Report of the Bombay Veterinary College
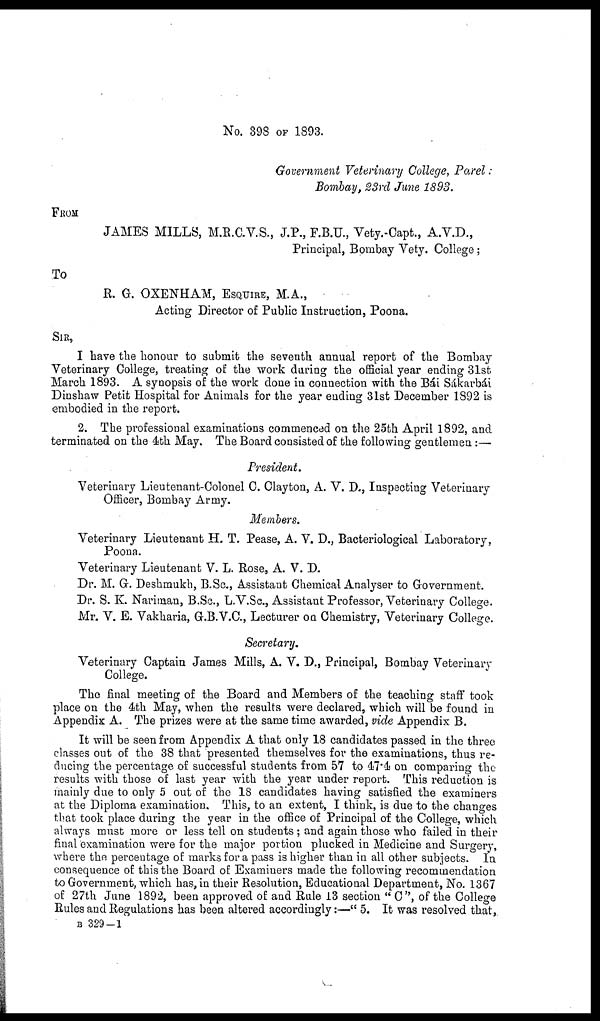
No. 398 OF 1893.
Government Veterinary College, Parel:
Bombay, 23rd June 1893.
FROM
JAMES MILLS, M.R.C.V.S., J.P., F.B.U., Vety.-Capt., A.V.D.,
Principal, Bombay Vety. College;
To
R. G. OXENHAM, ESQUIRE, M.A.,
Acting Director of Public Instruction, Poona.
SIR,
I have the honour to submit the seventh annual report of the Bombay
Veterinary College, treating of the work during the official year ending 31st
March 1893. A synopsis of the work done in connection with the Bái Sákarbái
Dinshaw Petit Hospital for Animals for the year ending 31st December 1892 is
embodied in the report.
2. The professional examinations commenced on the 25th April 1892, and
terminated on the 4th May. The Board consisted of the following gentlemen:—
President.
Veterinary Lieutenant-Colonel C. Clayton, A. V. D., Inspecting Veterinary
Officer, Bombay Army.
Members.
Veterinary Lieutenant H. T. Pease, A. V. D., Bacteriological Laboratory,
Poona.
Veterinary Lieutenant V. L. Rose, A. V. D.
Dr. M. G. Deshmukh, B.Sc., Assistant Chemical Analyser to Government.
Dr. S. K. Nariman, B.Sc., L.V.Sc., Assistant Professor, Veterinary College.
Mr. V. E. Vakharia, G.B.V.C., Lecturer on Chemistry, Veterinary College.
Secretary.
Veterinary Captain James Mills, A. V. D., Principal, Bombay Veterinary
College.
The final meeting of the Board and Members of the teaching staff took
place on the 4th May, when the results were declared, which will be found in
Appendix A. The prizes were at the same time awarded, vide Appendix B.
It will be seen from Appendix A that only 18 candidates passed in the three
classes out of the 38 that presented themselves for the examinations, thus re-
ducing the percentage of successful students from 57 to 47.4 on comparing the
results with those of last year with the year under report. This reduction is
mainly due to only 5 out of the 18 candidates having satisfied the examiners
at the Diploma examination. This, to an extent, I think, is due to the changes
that took place during the year in the office of Principal of the College, which
always must more or less tell on students; and again those who failed in their
final examination were for the major portion plucked in Medicine and Surgery,
where the percentage of marks for a pass is higher than in all other subjects. In
consequence of this the Board of Examiners made the following recommendation
to Government, which has, in their Resolution, Educational Department, No. 1367
of 27th June 1892, been approved of and Rule 13 section " C", of the College
Rules and Regulations has been altered accordingly:—" 5. It was resolved that,
B 329-1